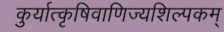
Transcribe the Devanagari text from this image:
कुर्यात्कृषिवाणिज्यशिल्पकम्